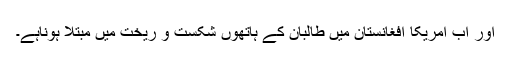
اور اب امریکا افغانستان میں طالبان کے ہاتھوں شکست و ریخت میں مبتلا ہوناہے۔